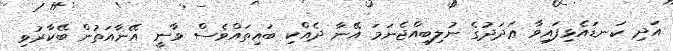
އަދި ކަނޑައެޅިފައިވާ ޢަދަދުގެ ނުލިބިއްޖެނަމަ އޭނާ ދެއްކި ބައިތައްވެސް ވާނީ އޭނާއަތުން ބޭކާރުވި